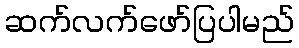
ဆက်လက်ဖော်ပြပါမည်